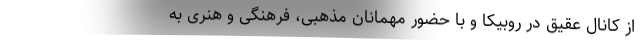
از کانال عقیق در روبیکا و با حضور مهمانان مذهبی، فرهنگی و هنری به